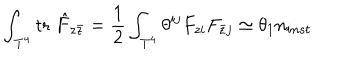
LaTeX: \int _ { { \bf T } ^ { 4 } } \mathrm { t r } \; \hat { F } _ { z \bar { z } } = { \frac { 1 } { 2 } } \int _ { { \bf T } ^ { 4 } } \theta ^ { i j } F _ { z i } F _ { \bar { z } j } \simeq \theta _ { 1 } n _ { i n s t }